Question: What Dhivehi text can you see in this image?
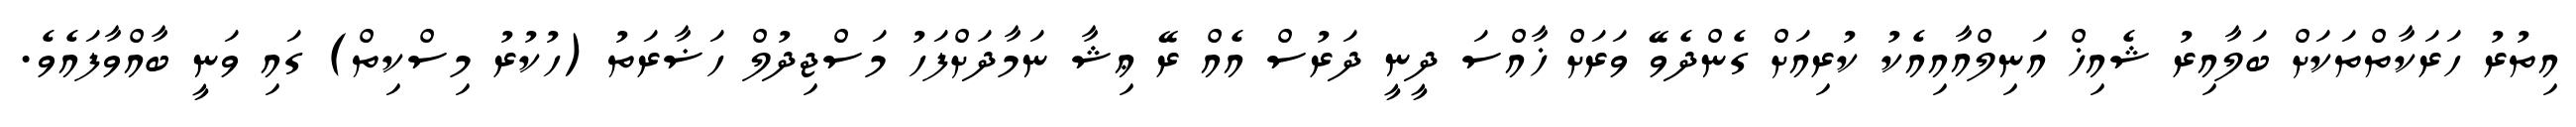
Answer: އިތުރު ހަރަކާތްތަކަށް ބަލާއިރު ޝެއިޚް އަނިލްއާއިއެކު ކުރިއަށް ގެންދެވޭ ވަރަށް ޚާއްސަ ދީނީ ދަރުސް އެއް ރޭ ޢިޝާ ނަމާދަށްފަހު މަސްޖިދުލް ހަޟާރަތު (ހުކުރު މިސްކިތް) ގައި ވަނީ ބާއްވާފައެވެ.